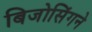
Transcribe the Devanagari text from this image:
बिजोसिंगने